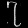
Digit: ၇